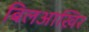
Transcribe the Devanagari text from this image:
बिलआख़िर